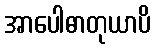
အာပေါဓာတုယာပိ